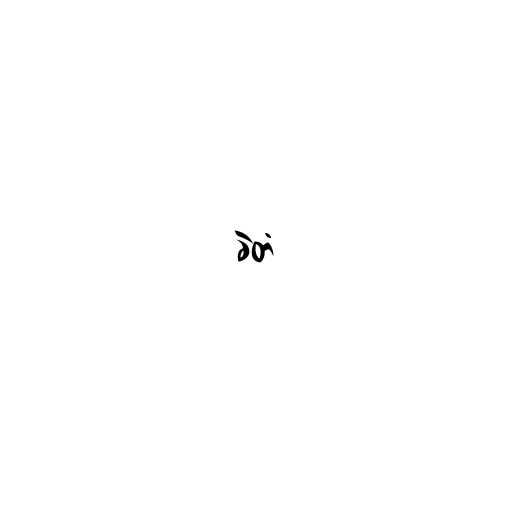
ခဲတံ